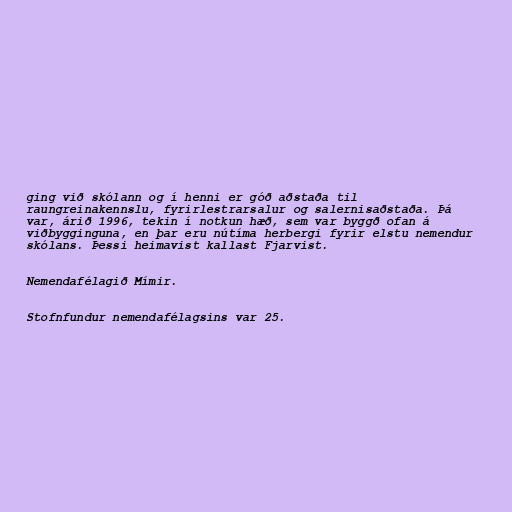
ging við skólann og í henni er góð aðstaða til
raungreinakennslu, fyrirlestrarsalur og salernisaðstaða. Þá
var, árið 1996, tekin í notkun hæð, sem var byggð ofan á
viðbygginguna, en þar eru nútíma herbergi fyrir elstu nemendur
skólans. Þessi heimavist kallast Fjarvist.

Nemendafélagið Mímir.

Stofnfundur nemendafélagsins var 25.